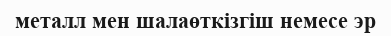
металл мен шалаөткізгіш немесе эр